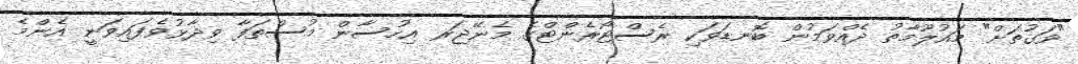
"ވަގުތަށް" މައުލޫމާތު ދެއްވަމުން ބޮނޑަވަކި ރެސްޓޯރެންޓްގެ މެނޭޖަރ އިހުސާން މުސްތަފާ ވިދާޅުވެފައިވަނީ އެންމެ